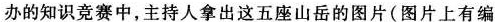
办的知识竞赛中，主持人拿出这五座山岳的图片(图片上有编